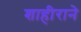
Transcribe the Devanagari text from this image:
शाहीराने